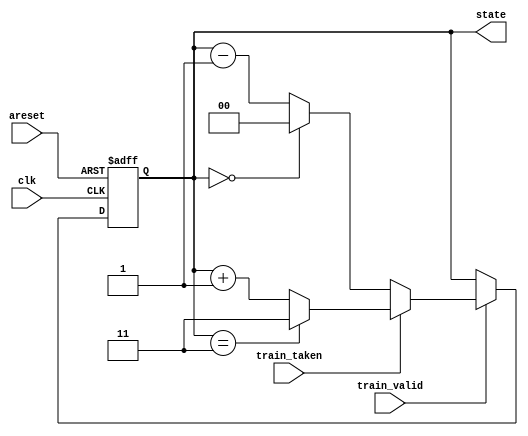
module top_module(
    input clk,
    input areset,
    input train_valid,
    input train_taken,
    output reg [1:0] state
);

    always @(posedge clk, posedge areset) begin
        if (areset)
            state <= 2'b01;
        else if (train_valid) begin
            if (train_taken)
                state <= (state == 2'b11) ? 2'b11 : (state + 1);
            else
                state <= (state == 2'b00) ? 2'b00 : (state - 1);
        end
    end
endmodule